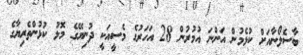
ބާސެލޯނާއަށް ކުޅެމުން އަންނަ އުމުރުން 28 އަހަރުގެ މެސީއަކީ ދުނިޔޭގެ މޮޅު ކުޅުންތެރިޔާގެ